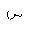
Letter: _sin